Report on vaccination North-West Frontier Province 1904-1922 - 1904-1922
Year: 1904
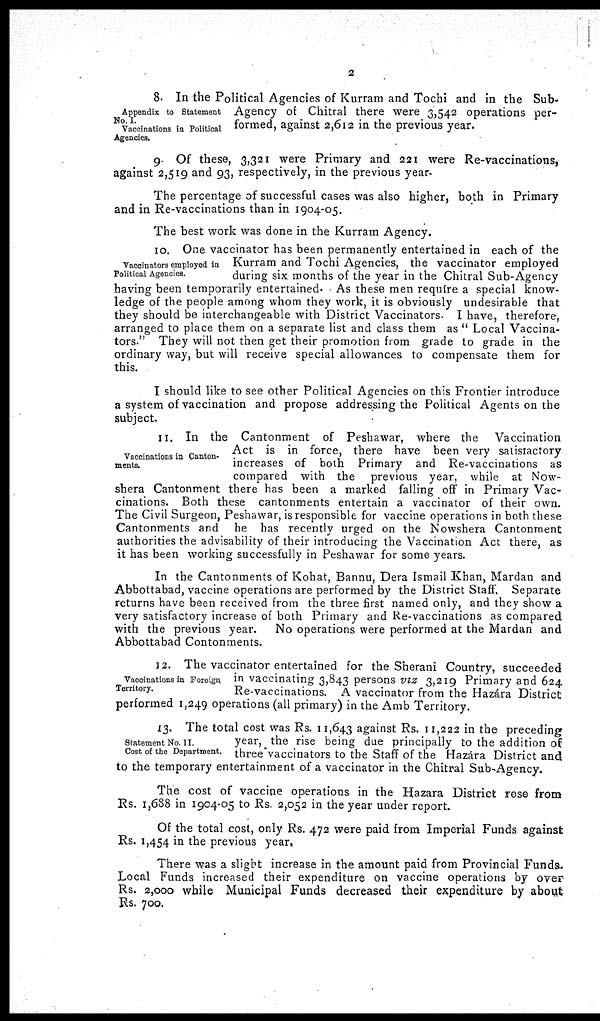
2
Appendix to Statement
No.I.
Vaccinations in Political
Agencies.
8. In the Political Agencies of Kurram and Tochi and in the Sub-
Agency of Chitral there were 3,542 operations per-
formed, against 2,612 in the previous year.
9. Of these, 3,321 were Primary and 221 were Re-vaccinations,
against 2,519 and 93, respectively, in the previous year.
The percentage of successful cases was also higher, both in Primary
and in Re-vaccinations than in 1904-05.
The best work was done in the Kurram Agency.
Vaccinators employed in
Political Agencies.
10. One vaccinator has been permanently entertained in each of the
Kurram and Tochi Agencies, the vaccinator employed
during six months of the year in the Chitral Sub-Agency
having been temporarily entertained. As these men require a special know-
ledge of the people among whom they work, it is obviously undesirable that
they should be interchangeable with District Vaccinators. I have, therefore,
arranged to place them on a separate list and class them as " Local Vaccina-
tors." They will not then get their promotion from grade to grade in the
ordinary way, but will receive special allowances to compensate them for
this.
I should like to see other Political Agencies on this Frontier introduce
a system of vaccination and propose addressing the Political Agents on the
subject.
Vaccinations in Canton-
ments.
11. In the Cantonment of Peshawar, where the Vaccination
Act is in force, there have been very satisfactory
increases of both Primary and Re-vaccinations as
compared with the previous year, while at Now-
shera Cantonment there has been a marked falling off in Primary Vac-
cinations. Both these cantonments entertain a vaccinator of their own.
The Civil Surgeon, Peshawar, is responsible for vaccine operations in both these
Cantonments and he has recently urged on the Nowshera Cantonment
authorities the advisability of their introducing the Vaccination Act there, as
it has been working successfully in Peshawar for some years.
In the Cantonments of Kohat, Bannu, Dera Ismail Khan, Mardan and
Abbottabad, vaccine operations are performed by the District Staff, Separate
returns have been received from the three first named only, and they show a
very satisfactory increase of both Primary and Re-vaccinations as compared
with the previous year.
No operations were performed at the Mardan and
Abbottabad Contonments.
Vaccinations in Foreign
Territory.
12. The vaccinator entertained for the Sherani Country, succeeded
in vaccinating 3,843 persons viz 3,219 Primary and 624
Re-vaccinations. A vaccinator from the Hazára District
performed 1,249 operations (all primary) in the Amb Territory.
Statement No. II.
Cost of the Department.
13. The total cost was Rs. 11,643 against Rs. 11,222 in the preceding
year, the rise being due principally to the addition of
three vaccinators to the Staff of the Hazára District and
to the temporary entertainment of a vaccinator in the Chitral Sub-Agency.
The cost of vaccine operations in the Hazara District rose from
Rs. 1,688 in 1904-05 to Rs. 2,052 in the year under report.
Of the total cost, only Rs. 472 were paid from Imperial Funds against
Rs. 1,454 in the previous year,
There was a slight increase in the amount paid from Provincial Funds.
Local Funds increased their expenditure on vaccine operations by over
Rs. 2,000 while Municipal Funds decreased their expenditure by about
Rs. 700.